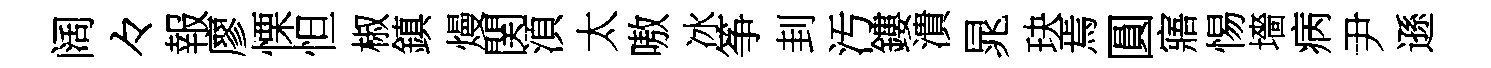
阔々報廖慄怛椒鎮熳関湏太嗷冰筝刲汚鏤潰晁玦焉圓寤惕墻病尹遜